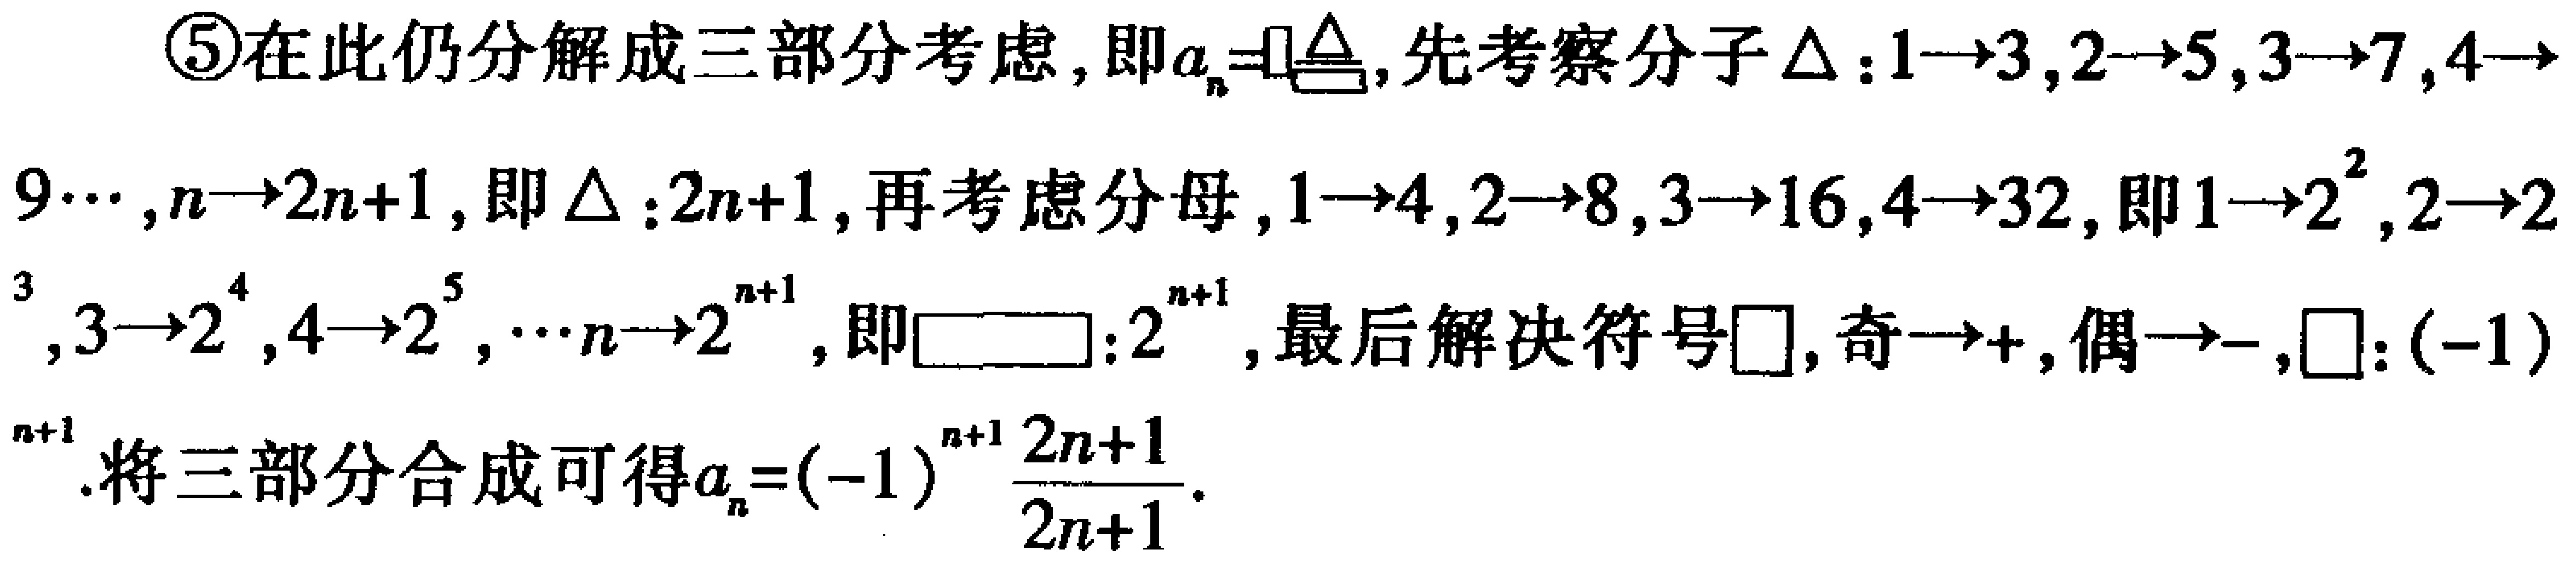
\begin{enumerate}[label=\textcircled{\arabic*}]
\item 在此仍分解成三部分考虑，即\(a_{n} = \square\frac{\triangle}{\square}\)，先考察分子\(\triangle\)：\(1\to3,2\to5,3\to7,4\to9\cdots,n\to2n + 1\)，即\(\triangle:2n + 1\)，再考虑分母，\(1\to4,2\to8,3\to16,4\to32\)，即\(1\to2^{2},2\to2^{3},3\to2^{4},4\to2^{5},\cdots n\to2^{n + 1}\)，即\(\square:2^{n+1}\)，最后解决符号\(\square\)，奇\(\to+\)，偶\(\to-\)，\(\square:(-1)^{n + 1}\)。将三部分合成可得\(a_{n}=(-1)^{n + 1}\frac{2n + 1}{2^{n+1}}\)。
\end{enumerate}